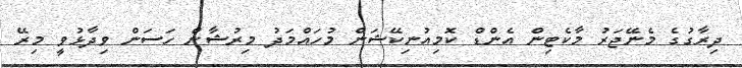
ދިރާގުގެ މެނޭޖަރު މާކެޓިން އެންޑް ކޮމިއުނިކޭޝަން މުހައްމަދު މިރުޝާން ހަސަން ވިދާޅުވީ މިރޭ